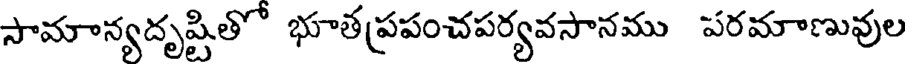
సామాన్యదృష్టితో భూతప్రపంచపర్యవసానము పరమాణువుల